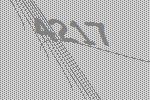
4217